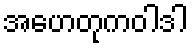
အဟေတုကဝါဒါ